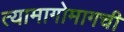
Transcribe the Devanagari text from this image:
त्यामागोमागची